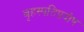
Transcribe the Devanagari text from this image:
बृहस्पतिप्रदोष